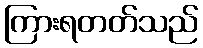
ကြားရတတ်သည်